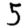
Digit: 5